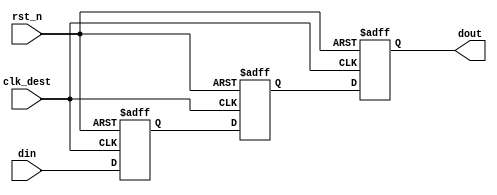
module meta_stability_filter #(
    parameter WIDTH = 1 // Width of the input signal
)(
    input wire clk_dest,          // Clock for the destination domain
    input wire rst_n,             // Active low reset
    input wire [WIDTH-1:0] din,   // Input signal from the source clock domain
    output reg [WIDTH-1:0] dout    // Synchronized output signal
);

    // Internal signals for the flip-flops
    reg [WIDTH-1:0] ff1;
    reg [WIDTH-1:0] ff2;

    // Flip-flop chain for metastability filtering
    always @(posedge clk_dest or negedge rst_n) begin
        if (!rst_n) begin
            ff1 <= {WIDTH{1'b0}};
            ff2 <= {WIDTH{1'b0}};
            dout <= {WIDTH{1'b0}};
        end else begin
            ff1 <= din;      // Sample input signal
            ff2 <= ff1;      // Pass to the next stage
            dout <= ff2;     // Output the final synchronized signal
        end
    end

endmodule